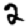
Digit: 2